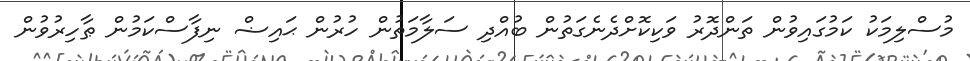
މުސްލިމަކު ކަމުގައިވުން ތަންދޮރު ވަކިކޮށްދެނެގަތުން ބުއްދި ސަލާމަތުން ހުރުން ޙައިޟް ނިފާސްކަމުން ޠާހިރުވުން